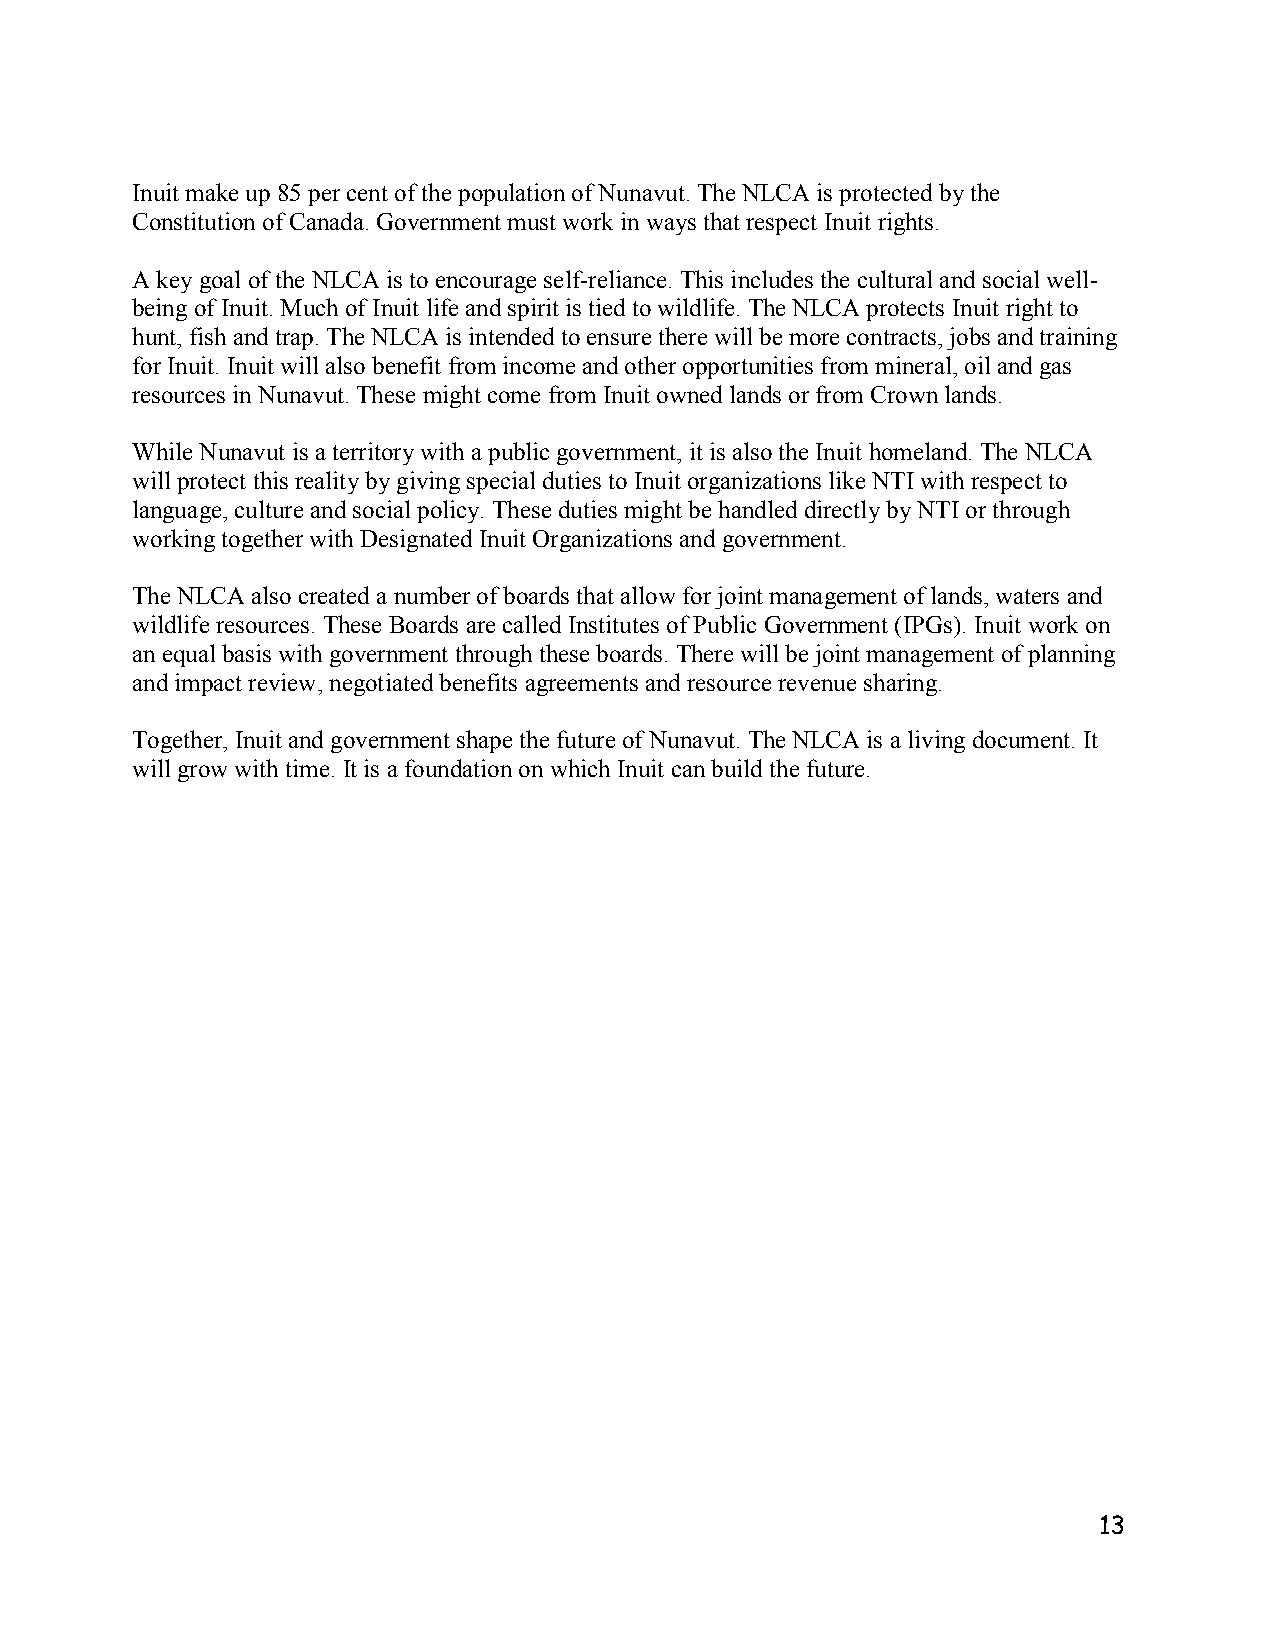
Inuit make up 85 per cent of the population of Nunavut. The NLCA is protected by the
 Constitution of Canada. Government must work in ways that respect Inuit rights.
 A key goal of the NLCA is to encourage self-reliance. This includes the cultural and social well-
 being of Inuit. Much of Inuit life and spirit is tied to wildlife. The NLCA protects Inuit right to
 hunt, fish and trap. The NLCA is intended to ensure there will be more contracts, jobs and training
 for Inuit. Inuit will also benefit from income and other opportunities from mineral, oil and gas
 resources in Nunavut. These might come from Inuit owned lands or from Crown lands.
 While Nunavut is a territory with a public government, it is also the Inuit homeland. The NLCA
 will protect this reality by giving special duties to Inuit organizations like NTI with respect to
 language, culture and social policy. These duties might be handled directly by NTI or through
 working together with Designated Inuit Organizations and government.
 The NLCA also created a number of boards that allow for joint management of lands, waters and
 wildlife resources. These Boards are called Institutes of Public Government (IPGs). Inuit work on
 an equal basis with government through these boards. There will be joint management of planning
 and impact review, negotiated benefits agreements and resource revenue sharing.
 Together, Inuit and government shape the future of Nunavut. The NLCA is a living document. It
 will grow with time. It is a foundation on which Inuit can build the future.
 13